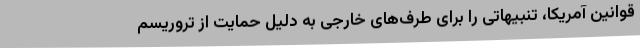
قوانین آمریکا، تنبیهاتی را برای طرف‌های خارجی به دلیل حمایت از تروریسم